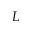
L